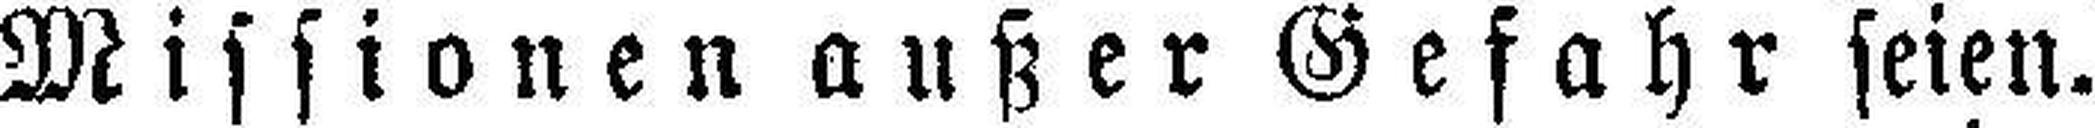
Missionen außer Gefahr seien.